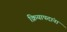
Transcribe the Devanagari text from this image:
क्रियापदांना